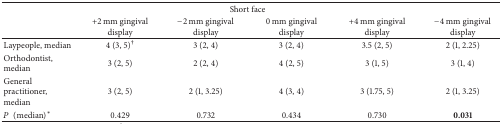
| <COLSPAN=6> Short face |
 |  | +2 mm gingival display | −2 mm gingival display | 0 mm gingival display | +4 mm gingival display | −4 mm gingival display |
 | --- | --- | --- | --- | --- | --- |
 | Laypeople, median | 4 (3, 5) † | 3 (2, 4) | 3 (2, 4) | 3.5 (2, 5) | 2 (1, 2.25) |
 | Orthodontist, median | 3 (2, 5) | 2 (2, 4) | 4 (2, 5) | 3 (1, 5) | 3 (1, 4) |
 | General practitioner, median | 3 (2, 5) | 2 (1, 3.25) | 4 (3, 4) | 3 (1.75, 5) | 2 (1, 3.25) |
 | P(median)∗ | 0.429 | 0.732 | 0.434 | 0.730 | 0.031 |